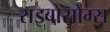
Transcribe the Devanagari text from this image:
राइबोसोम्स